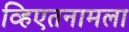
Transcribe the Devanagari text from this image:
व्हिएतनामला